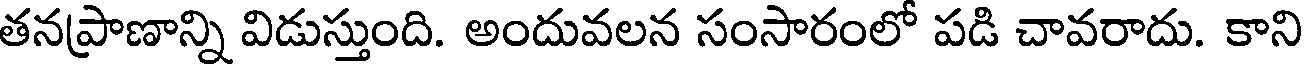
తనప్రాణాన్ని విడుస్తుంది. అందువలన సంసారంలో పడి చావరాదు. కాని